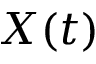
X ( t )